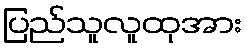
ပြည်သူလူထုအား